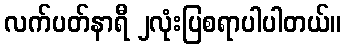
လက်ပတ်နာရီ ၂လုံးပြစရာပါပါတယ်။